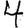
Digit: 4